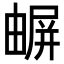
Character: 𡳧